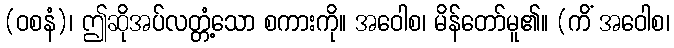
(ဝစနံ)၊ ဤဆိုအပ်လတ္တံ့သော စကားကို။ အဝေါစ၊ မိန်တော်မူ၏။ (ကိံ အဝေါစ၊